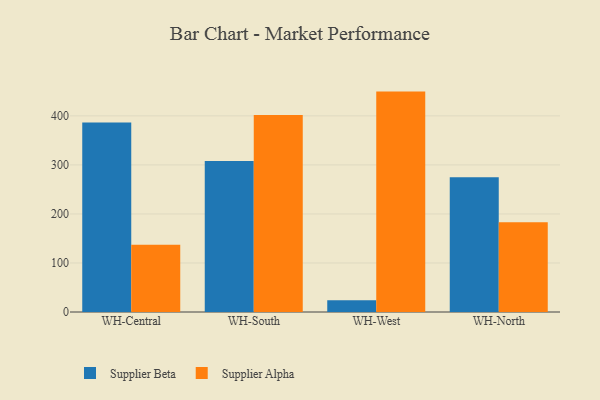
{"axis": {"x": "Warehouse", "y": "Operating Costs (USD K)"}, "legend": ["Supplier Alpha", "Supplier Beta"], "data": [{"x": "WH-Central", "y": 386.6, "type": "Supplier Beta"}, {"x": "WH-Central", "y": 137.3, "type": "Supplier Alpha"}, {"x": "WH-South", "y": 308.0, "type": "Supplier Beta"}, {"x": "WH-South", "y": 401.8, "type": "Supplier Alpha"}, {"x": "WH-West", "y": 23.8, "type": "Supplier Beta"}, {"x": "WH-West", "y": 449.5, "type": "Supplier Alpha"}, {"x": "WH-North", "y": 274.6, "type": "Supplier Beta"}, {"x": "WH-North", "y": 183.0, "type": "Supplier Alpha"}]}